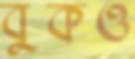
বুকও